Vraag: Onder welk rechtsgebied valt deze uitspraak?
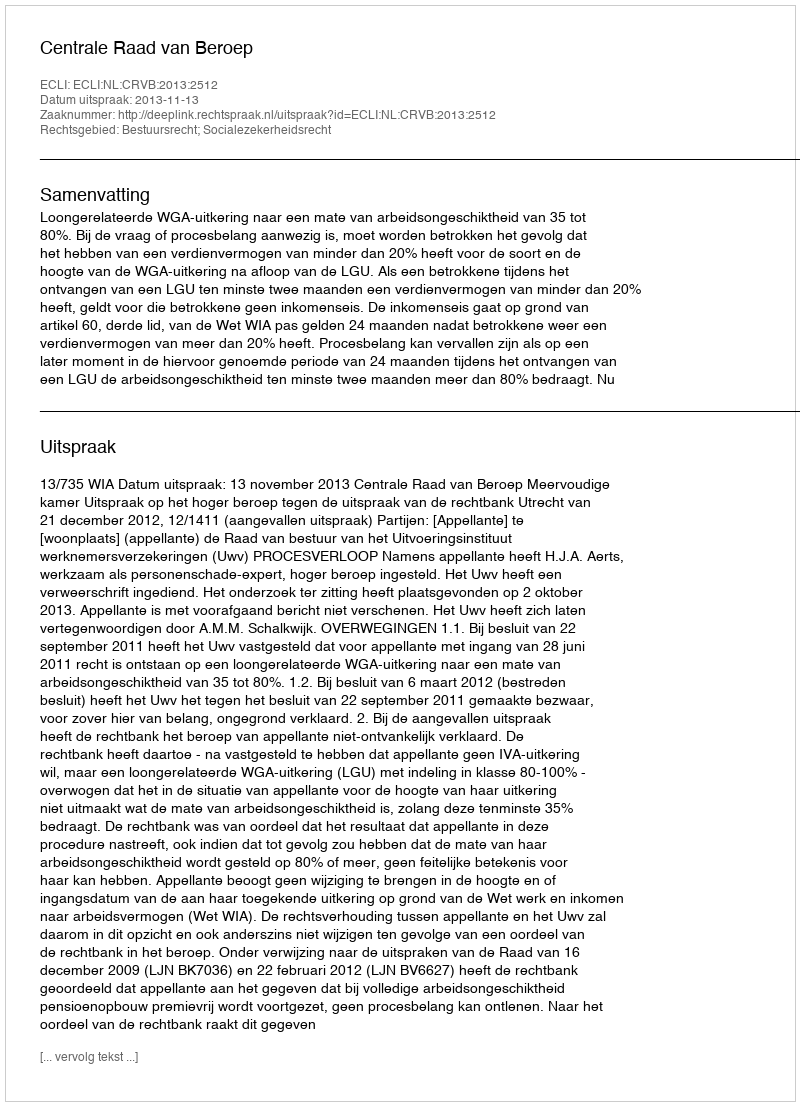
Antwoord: Bestuursrecht; Socialezekerheidsrecht